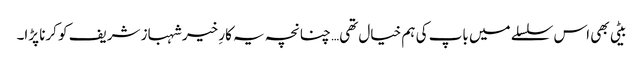
بیٹی بھی اس سلسلے میں باپ کی ہم خیال تھی… چنانچہ یہ کارِ خیر شہباز شریف کو کرنا پڑا۔